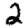
Digit: 2